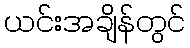
ယင်းအချိန်တွင်